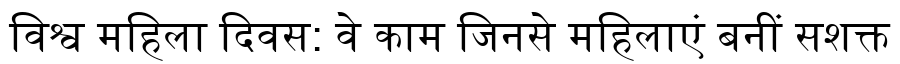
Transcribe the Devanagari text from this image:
विश्व महिला दिवस: वे काम जिनसे महिलाएं बनीं सशक्त